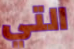
التي